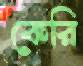
কেরি